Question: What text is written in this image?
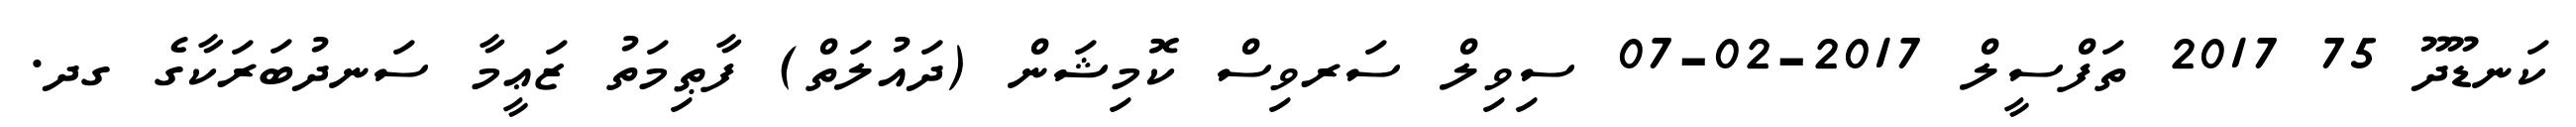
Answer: ކަނޑޫދޫ 75 2017 ތަފްސީލް 2017-02-07 ސިވިލް ސަރވިސް ކޮމިޝަން (ދައުލަތް) ފާޠިމަތު ޒަޢީމާ ސަނދުބަރަކާގެ ގދ.